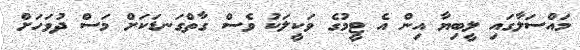
މައްސަލާގައި ލީބިޔާ އިން އެ ޓީމުގެ ވަކީލަކު ވެސް ގާތްގަނޑަކަށް މަސް ދުވަހަށް